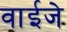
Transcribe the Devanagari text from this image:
वाईजे